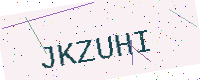
Text: JKZUHI